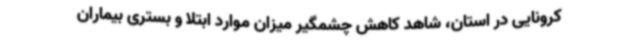
کرونایی در استان، شاهد کاهش چشمگیر میزان موارد ابتلا و بستری بیماران